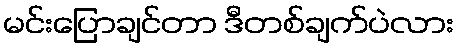
မင်းပြောချင်တာ ဒီတစ်ချက်ပဲလား